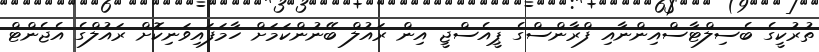
ތުރުކީގެ ބެސިލްޓާސްއިންނާއި ފްރާންސްގެ ޕީއެސްޖީ އިން ރައުލް ބޭނުންކަމަށް ހާމަފައިވަނިކޮށް ރައުލްގެ އެޖެންޓް